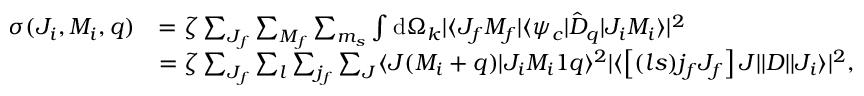
\begin{array} { r l } { \sigma ( J _ { i } , M _ { i } , q ) } & { = \zeta \sum _ { J _ { f } } \sum _ { M _ { f } } \sum _ { m _ { s } } \int \mathrm { d } \Omega _ { k } | \langle J _ { f } M _ { f } | \langle \psi _ { c } | \hat { D } _ { q } | J _ { i } M _ { i } \rangle | ^ { 2 } } \\ & { = \zeta \sum _ { J _ { f } } \sum _ { l } \sum _ { j _ { f } } \sum _ { J } \langle J ( M _ { i } + q ) | J _ { i } M _ { i } 1 q \rangle ^ { 2 } | \langle \left[ ( l s ) j _ { f } J _ { f } \right] J | | D | | J _ { i } \rangle | ^ { 2 } , } \end{array}